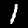
Label: 1